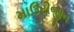
માઉરીજીન